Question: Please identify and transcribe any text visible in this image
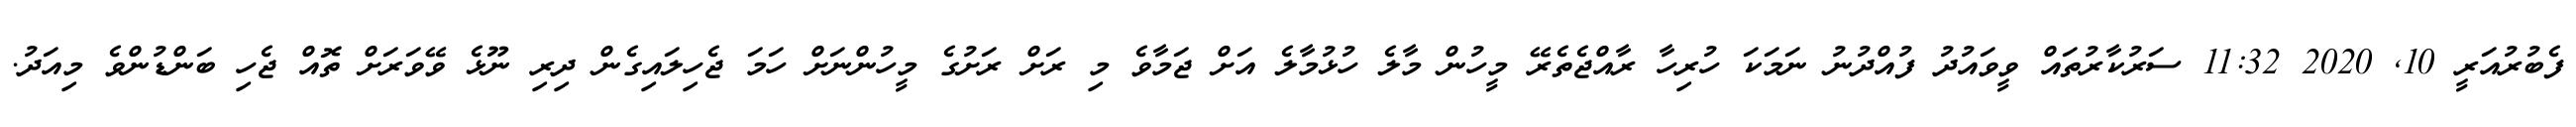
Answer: ފެބުރުއަރީ 10, 2020 11:32 ސަރުކާރުތައް ވީވައުދު ފުއްދުނު ނަމަކަ ހުރިހާ ރާއްޖެތެރޭ މީހުން މާލެ ހުޅުމާލެ އަށް ޖަމާވެ މި ރަށް ރަށުގެ މީހުންނަށް ހަމަ ޖެހިލައިގެން ދިރި ނޫޅެ ވޭވަރަށް ތޮއް ޖެހި ބަންޑުންވެ މިއަދު.